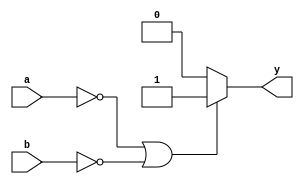
module bnand(
    input a,
    input b,
    output reg y
    );
	 always @ (a or b) begin
	    if (a==1'b0 || b==1'b0) begin 
		      y=1'b1;
			end
			else begin
			   y=1'b0;
			end
	end


endmodule